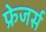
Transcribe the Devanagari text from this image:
फ्रेजर्स